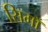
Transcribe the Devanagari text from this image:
सिमाँ